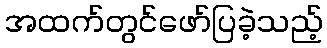
အထက်တွင်ဖော်ပြခဲ့သည့်